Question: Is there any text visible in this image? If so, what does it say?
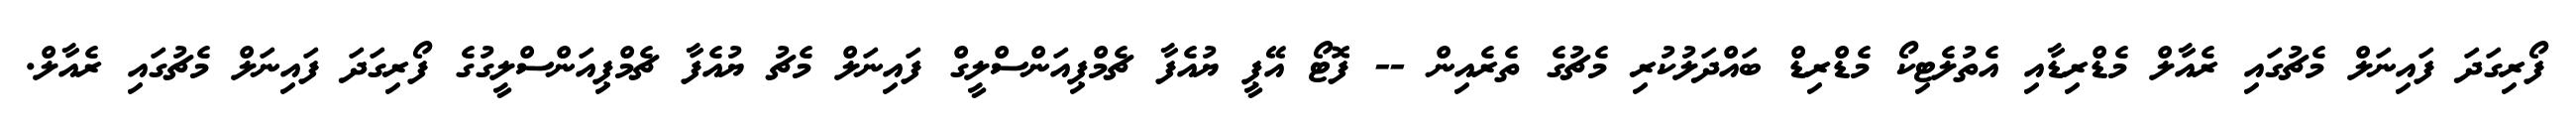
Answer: ފޯރިގަދަ ފައިނަލް މެޗުގައި ރެއާލް މެޑްރިޑާއި އެތުލެޓިކޯ މެޑްރިޑް ބައްދަލުކުރި މެޗުގެ ތެރެއިން -- ފޮޓޯ އޭޕީ ޔުއެފާ ޗެމްޕިއަންސްލީގް ފައިނަލް މެޗު ޔުއެފާ ޗެމްޕިއަންސްލީގުގެ ފޯރިގަދަ ފައިނަލް މެޗުގައި ރެއާލް.